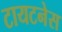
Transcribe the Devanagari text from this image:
टायटनेस